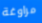
مراوغة